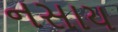
નસાય